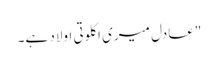
"عادل میری اکلوتی اولاد ہے۔